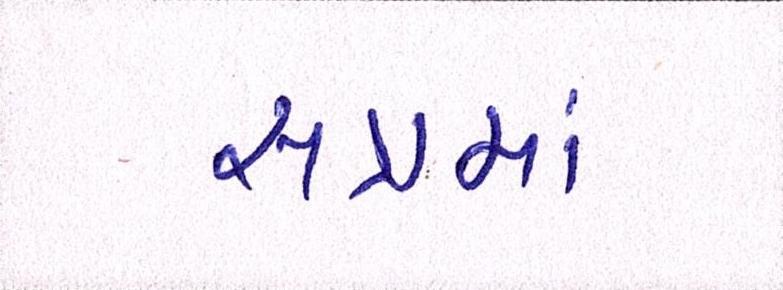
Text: સત્રમાં